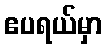
ဧပရယ်မှာ